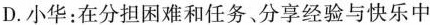
D.小华：在分担困难和任务、分享经验与快乐中